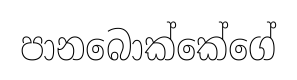
පානබොක්කේගේ